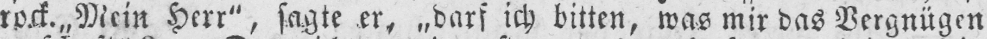
rock. „Mein Herr“, sagte er, „darf ich bitten, was mir das Vergnügen